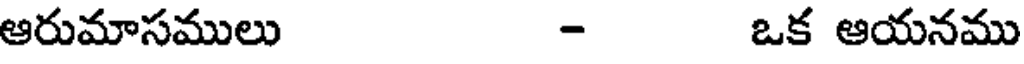
ఆరుమాసములు - ఒక ఆయనము